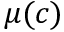
\mu ( c )